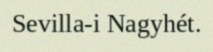
Sevilla-i Nagyhét.